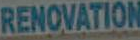
RENOVATION